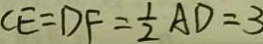
C E = D F = \frac { 1 } { 2 } A D = 3